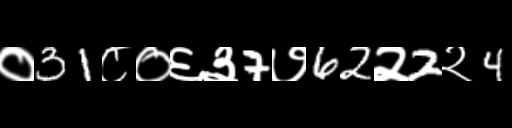
Text: ०31८०६३7७62२2२4